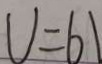
U = 6 1